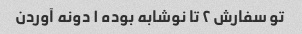
تو سفارش ۲ تا نوشابه بوده ۱ دونه آوردن